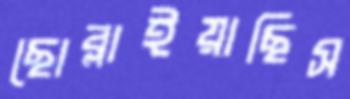
ছোব্‌লাইয়াছিস